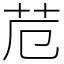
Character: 苊